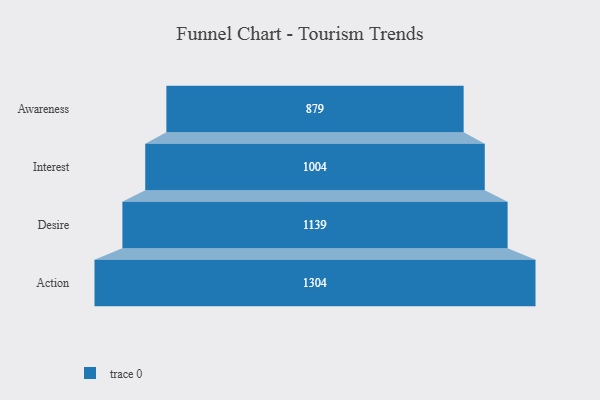
{"axis": {"x": "Stage", "y": "Value"}, "legend": [""], "data": [{"x": "Awareness", "y": 879.0, "type": ""}, {"x": "Interest", "y": 1004.0, "type": ""}, {"x": "Desire", "y": 1139.0, "type": ""}, {"x": "Action", "y": 1304.0, "type": ""}]}